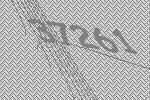
37261